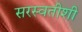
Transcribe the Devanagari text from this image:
सरस्वतीशी